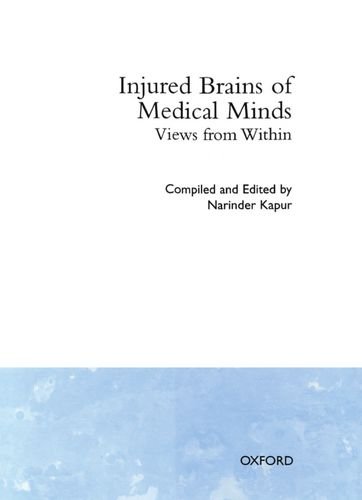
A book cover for Injured Brains of Medical Minds: Views from Within; Health, Fitness & Dieting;